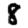
Digit: 8